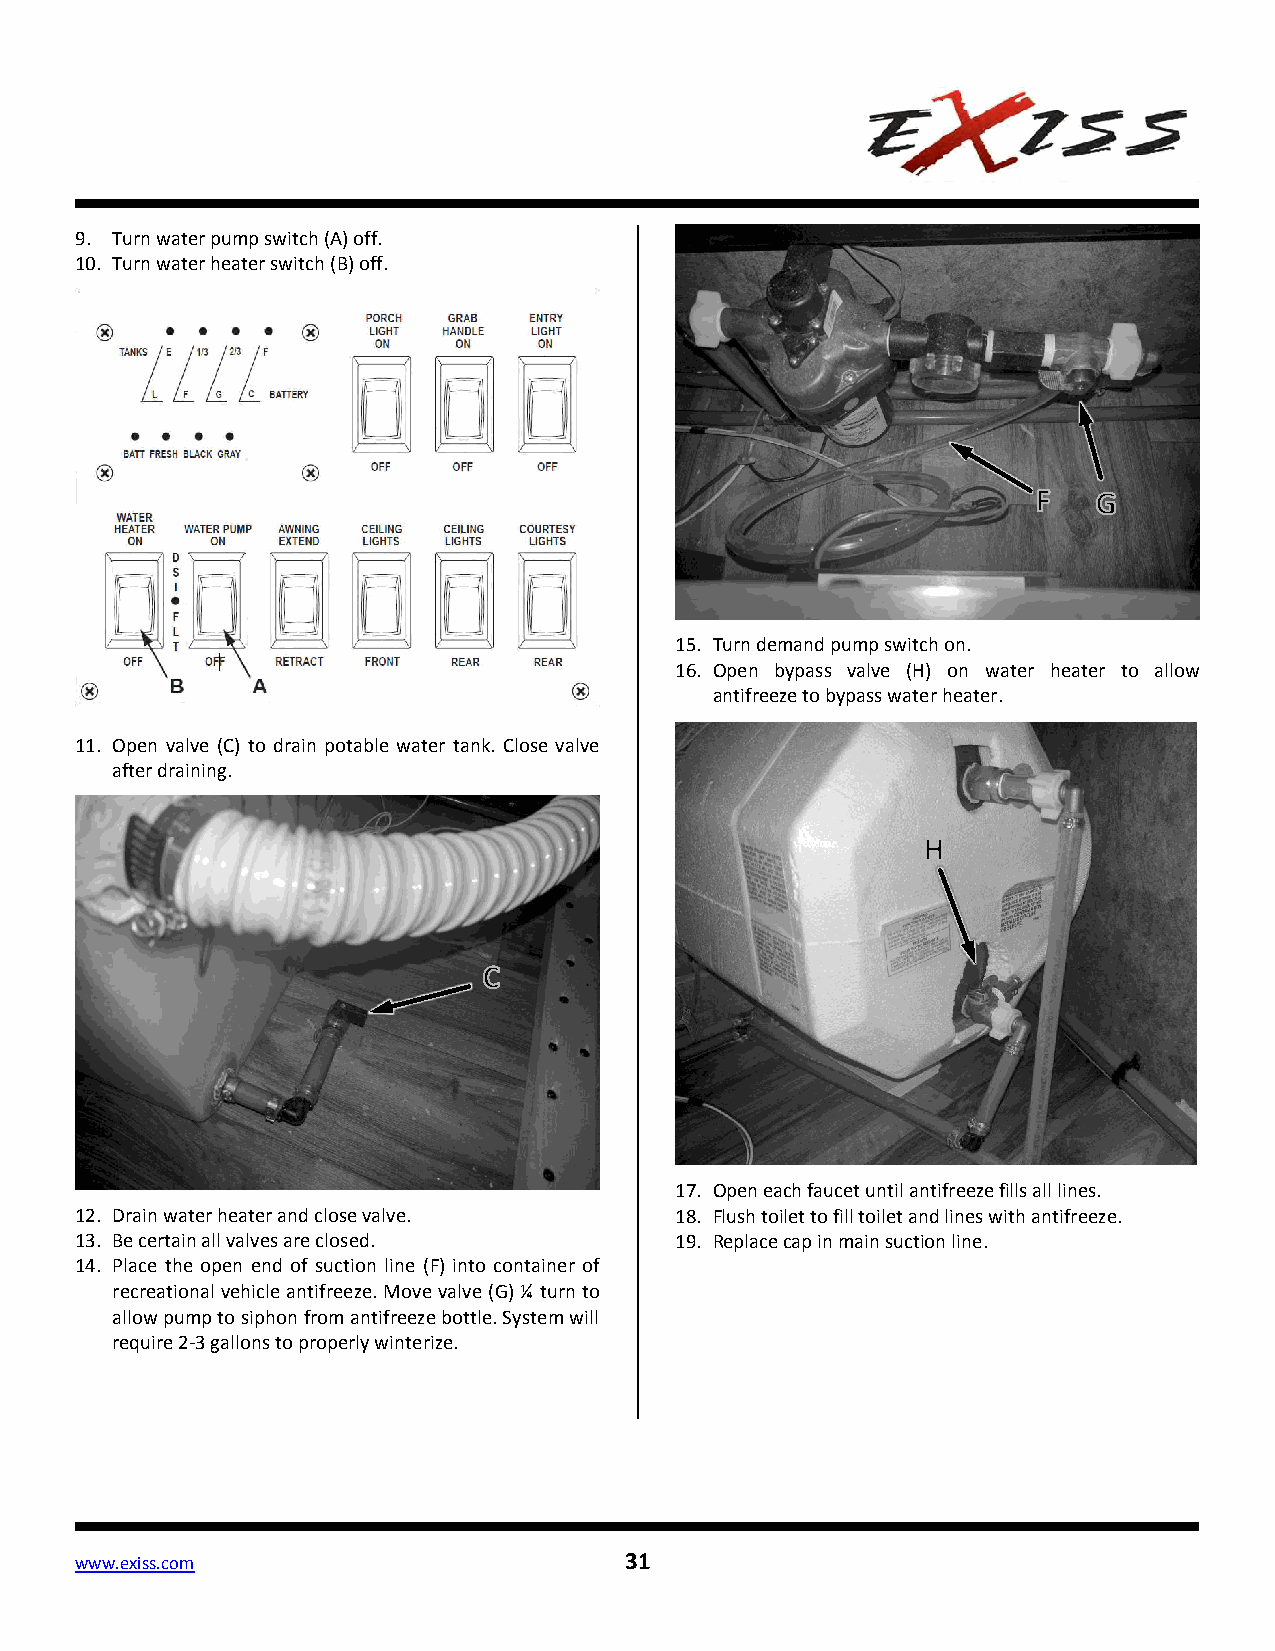
9. Turn water pump switch (A) off.
 10. Turn water heater switch (B) off.
 15. Turn demand pump switch on.
 16. Open bypass valve (H) on water heater to allow
 antifreeze to bypass water heater.
 11. Open valve (C) to drain potable water tank. Close valve
 after draining.
 17. Open each faucet until antifreeze fills all lines.
 12. Drain water heater and close valve. 18. Flush toilet to fill toilet and lines with antifreeze.
 13. Be certain all valves are closed.   19. Replace cap in main suction line.
 14. Place the open end of suction line (F) into container of
 recreational vehicle antifreeze. Move valve (G) ¼ turn to
 allow pump to siphon from antifreeze bottle. System will
 require 2-3 gallons to properly winterize.
 www.exiss.com                       31